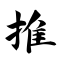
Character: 推